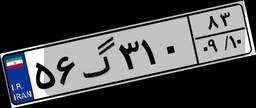
۴۲گ۱۹۴۷۸